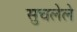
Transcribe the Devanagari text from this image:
सुचलेले